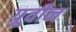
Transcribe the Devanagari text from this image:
ग्रूवीन